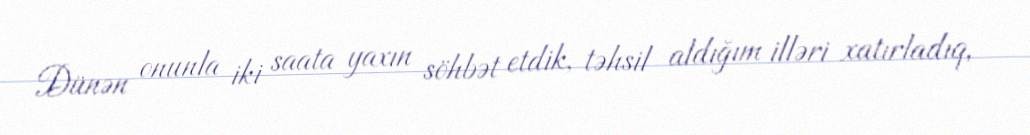
Dünən onunla iki saata yaxın söhbət etdik, təhsil aldığım illəri xatırladıq,